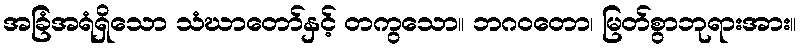
အခြံအရံရှိသော သံဃာတော်နှင့် တကွသော။ ဘဂဝတော၊ မြတ်စွာဘုရားအား။